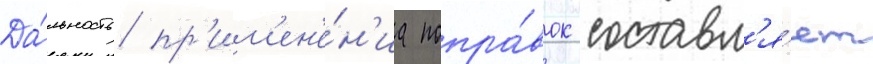
Да́льность пр'им'ен'е́н'иа попра́вок составл'я́ет